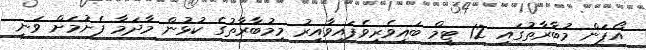
އޯޕަން މުބާރާތުގައި 12 ޓީމް ބައިވެރިވެފައިވާއިރު މިމުބާރާތުގެ ކުޅުން މާދަމާ ފެށުމަށް ވަނީ